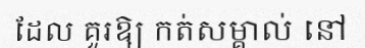
ដែល គួរឱ្យ កត់សម្គាល់ នៅ